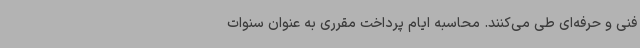
فنی و حرفه‌ای طی می‌کنند. محاسبه ایام پرداخت مقرری به عنوان سنوات